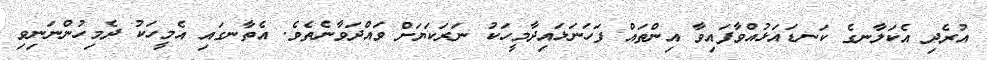
އުރެދި އެކަލާނގެ ކަނޑައަޅުއްވާފައިވާ އިންތައް ފަހަނަޅައިދާމީހަކު ނަރަކަޔަށް ވައްދަވާނެތެވެ. އެތާނގައި އެމީހަކު ދެމިހުންނަނިވި